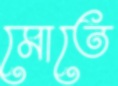
মোতে